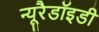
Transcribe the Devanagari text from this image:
न्यूरैडॉइडी